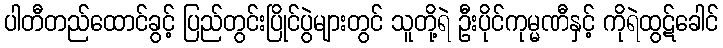
ပါတီတည်ထောင်ခွင့် ပြည်တွင်းပြိုင်ပွဲများတွင် သူတို့ရဲ ဦးပိုင်ကုမ္မဏီနှင့် ကိုရဲထွဋ်ခေါင်